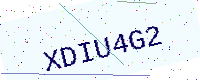
Text: XDIU4G2